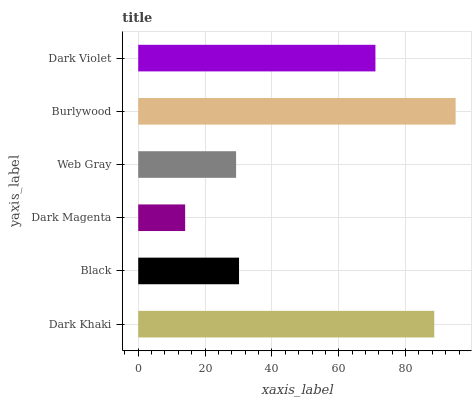
| yaxis_label | bars |
 | --- | --- |
 | Dark Khaki | 88.6 |
 | Black | 30.2 |
 | Dark Magenta | 14 |
 | Web Gray | 29.3 |
 | Burlywood | 95 |
 | Dark Violet | 71 |